Insane asylums in Bengal annual reports 1867-1875 - 1867-1875
Year: 1867
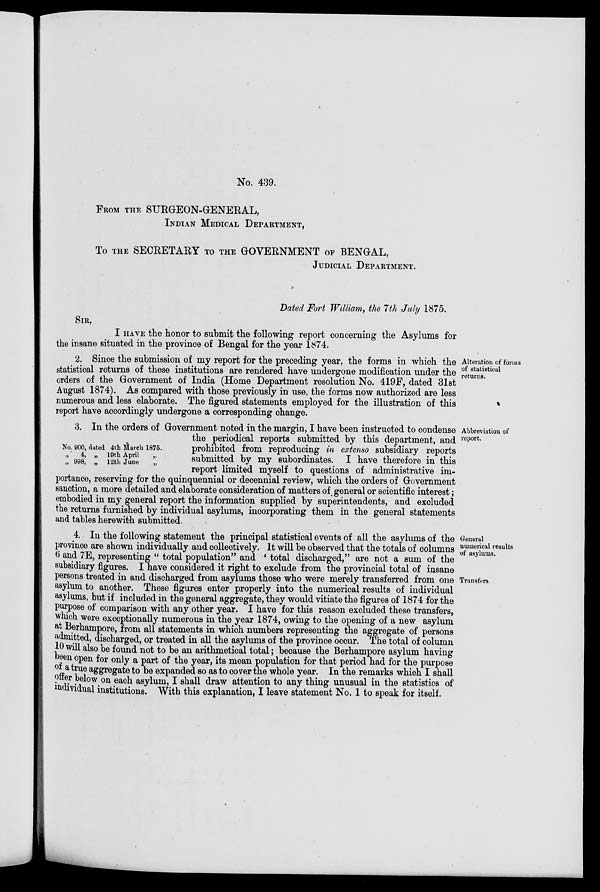
No. 439.
FROM THE SURGEON-GENERAL,
INDIAN MEDICAL DEPARTMENT,
To THE SECRETARY TO THE GOVERNMENT OF BENGAL,
JUDICIAL DEPARTMENT.
Dated Fort William, the 7th July 1875.
SIR,
I HAVE the honor to submit the following report concerning the Asylums for
the insane situated in the province of Bengal for the year 1874.
Alteration of forms
of statistical
returns.
2. Since the submission of my report for the preceding year, the forms in which the
statistical returns of these institutions are rendered have undergone modification under the
orders of the Government of India (Home Department resolution No. 419F, dated 31st
August 1874). As compared with those previously in use, the forms now authorized are less
numerous and less elaborate. The figured statements employed for the illustration of this
report have accordingly undergone a corresponding change.
Abbreviation of
report.
No. 900, dated 4th March 1875.
„
„
4,
998,
„
„
19th April
12th June
„
„
3. In the orders of Government noted in the margin, I have been instructed to condense
the periodical reports submitted by this department, and
prohibited from reproducing in extenso subsidiary reports
submitted by my subordinates. I have therefore in this
report limited myself to questions of administrative im-
portance, reserving for the quinquennial or decennial review, which the orders of Government
sanction, a more detailed and elaborate consideration of matters of general or scientific interest ;
embodied in my general report the information supplied by superintendents, and excluded
the returns furnished by individual asylums, incorporating them in the general statements
and tables herewith submitted.
General
numerical results
of asylums.
Transfers.
4. In the following statement the principal statistical events of all the asylums of the
province are shown individually and collectively. It will be observed that the totals of columns
6 and 7E, representing "total population" and "total discharged," are not a sum of the
subsidiary figures. I have considered it right to exclude from the provincial total of insane
persons treated in and discharged from asylums those who were merely transferred from one
asylum to another. These figures enter properly into the numerical results of individual
asylums, but if included in the general aggregate, they would vitiate the figures of 1874 for the
purpose of comparison with any other year. I have for this reason excluded these transfers,
which were exceptionally numerous in the year 1874, owing to the opening of a new asylum
at Berhampore, from all statements in which numbers representing the aggregate of persons
admitted, discharged, or treated in all the asylums of the province occur. The total of column
10 will also be found not to be an arithmetical total; because the Berhampore asylum having
been open for only a part of the year, its mean population for that period had for the purpose
of a true aggregate to be expanded so as to cover the whole year. In the remarks which I shall
offer below on each asylum, I shall draw attention to any thing unusual in the statistics of
individual institutions. With this explanation, I leave statement No. 1 to speak for itself.